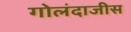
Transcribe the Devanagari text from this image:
गोलंदाजीस